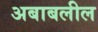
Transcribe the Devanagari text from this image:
अबाबलील